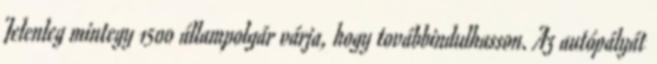
Jelenleg mintegy 1500 állampolgár várja, hogy továbbindulhasson. Az autópályát